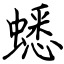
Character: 蟋